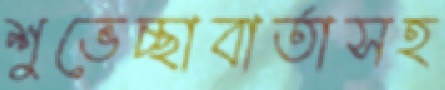
শুভেচ্ছাবার্তাসহ